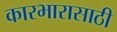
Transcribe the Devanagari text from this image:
कारभारासाठी